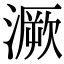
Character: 㵐